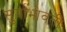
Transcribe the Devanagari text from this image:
सुर्याभोवतीं